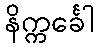
နိက္ကင်္ခေါ